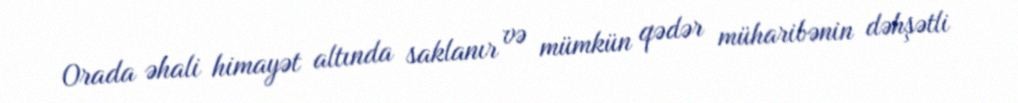
Orada əhali himayət altında saklanır və mümkün qədər müharibənin dəhşətli